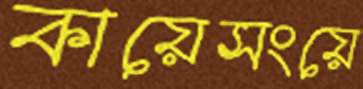
কায়েসংয়ে